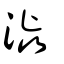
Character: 澁